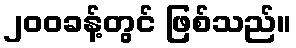
၂၀၀ခန့်တွင် ဖြစ်သည်။